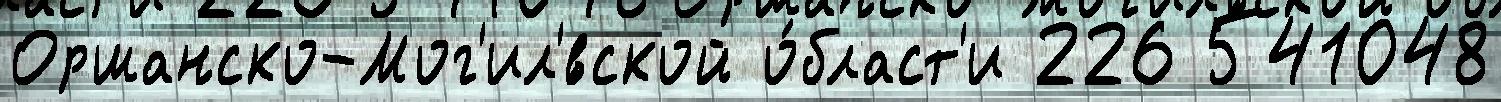
Оршанско-Мог'ил'́вской о́бласт'и 226 541048